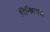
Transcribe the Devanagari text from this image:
विनिमयज